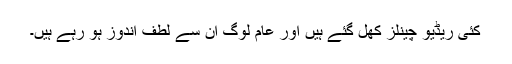
کئی ریڈیو چینلز کھل گئے ہیں اور عام لوگ ان سے لطف اندوز ہو رہے ہیں۔